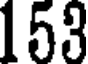
153